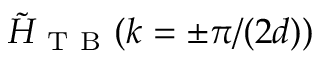
\tilde { H } _ { \mathrm { ~ T ~ B ~ } } ( k = \pm \pi / ( 2 d ) )